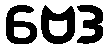
ဗေဒ